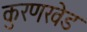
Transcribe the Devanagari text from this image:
कुरणखेड